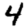
Digit: 4